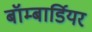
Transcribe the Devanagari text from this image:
बॉम्बार्डियर